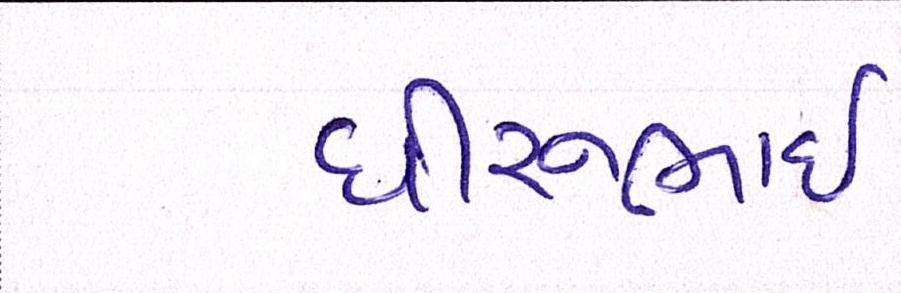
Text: ધીરુભાઇ